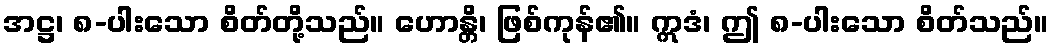
အဋ္ဌ၊ ၈-ပါးသော စိတ်တို့သည်။ ဟောန္တိ၊ ဖြစ်ကုန်၏။ ဣဒံ၊ ဤ ၈-ပါးသော စိတ်သည်။